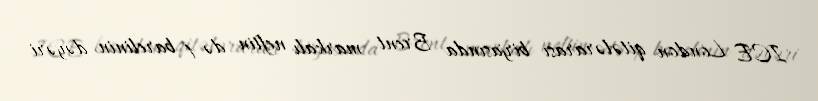
ICE London qitələrarası birjasında Brent markalı neftin də 1 barelinin dəyəri